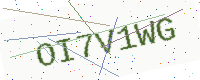
Text: OI7V1WG